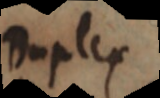
Duplex